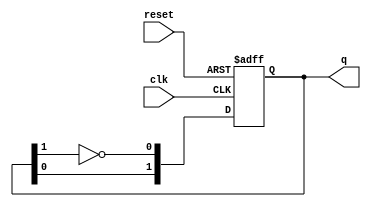
module JohnsonCounter #(
    parameter N = 2 // Number of flip-flops (adjust as needed)
) (
    input wire clk,      // Clock signal
    input wire reset,    // Reset signal
    output reg [N-1:0] q // Output state
);

    // Always block triggered on the rising edge of the clock or when reset is asserted
    always @(posedge clk or posedge reset) begin
        if (reset) begin
            // Reset all flip-flops to 0
            q <= {N{1'b0}};
        end else begin
            // Johnson counter logic
            // Shift the output and feedback the complemented last bit
            q <= {q[N-2:0], ~q[N-1]};
        end
    end

endmodule